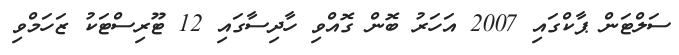
ސަލްޓަން ޕާކްގައި 2007 އަހަރު ބޮން ގޮއްވި ހާދިސާގައި 12 ޓޫރިސްޓަކު ޒަހަމްވި